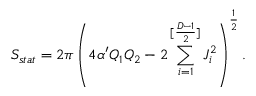
S _ { s t a t } = 2 \pi \left( 4 \alpha ^ { \prime } Q _ { 1 } Q _ { 2 } - 2 \sum _ { i = 1 } ^ { [ { \frac { D - 1 } { 2 } } ] } J _ { i } ^ { 2 } \right) ^ { \frac { 1 } { 2 } } .